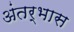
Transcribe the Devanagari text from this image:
अंतर्भास